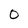
Character: 0